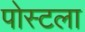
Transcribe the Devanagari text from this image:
पोस्टला